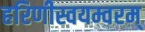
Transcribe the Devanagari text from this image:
हरिणीस्वयम्वरम्